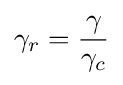
\gamma _{r}={{\gamma } \over {\gamma _{c}}}